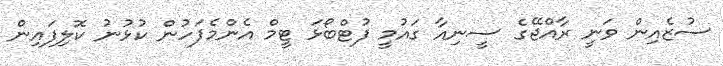
ސުޒެއިން ވަނީ ރާއްޖޭގެ ސީނިއާ ގައުމީ ފުޓްބޯޅަ ޓީމް އެންމެފަހުން ކުޅުނު ކޮލިފައިން